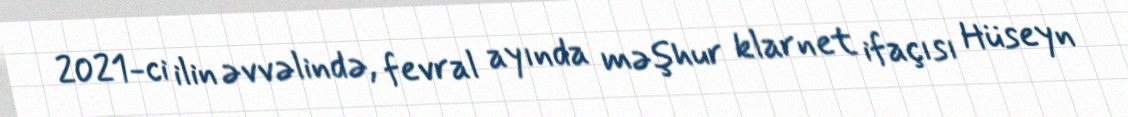
2021-ci ilin əvvəlində, fevral ayında məşhur klarnet ifaçısı Hüseyn